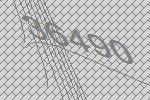
36490